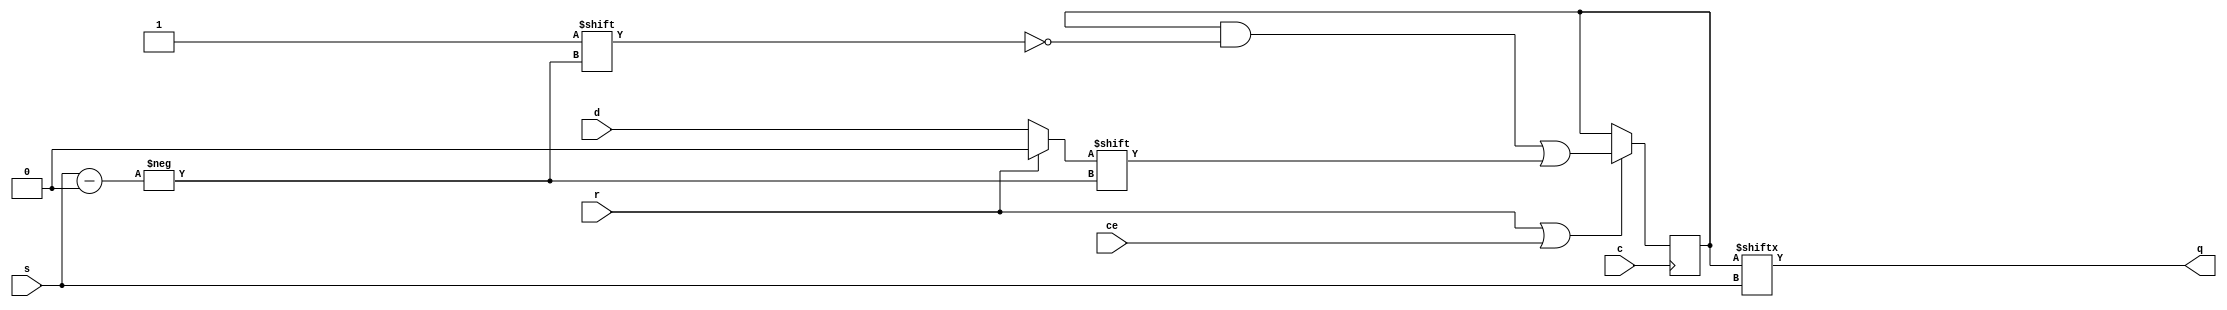
`timescale 1ns / 1ps
//////////////////////////////////////////////////////////////////////////////////
// Company: 
// Engineer: 
// 
// Design Name: 
// Module Name:    t64 
// Project Name: 
// Target Devices: 
// Tool versions: 
// Description: 
//
// Dependencies: 
//
// Revision: 
// Revision 0.01 - File Created
// Additional Comments: 
//
//////////////////////////////////////////////////////////////////////////////////
module t64
(
	input c,          // clock
	input ce,         // clock enable
	input [5:0] s,    // select
	input r,          // sync. reset
	input d,          // data in
	output q          // data out
);

	reg [63:0] mem;
	assign q = mem[s];
	
	
	initial begin
		mem <= 0;
	end
	
	always@(posedge c) begin
	
		if(r | ce) begin
			mem[s] <= r ? 0 : d;  // reset
		end 
	
	end


endmodule